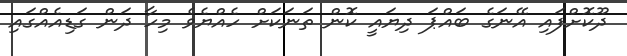
ދޫކޮށްފައި އޭނަގެ ބައްޕަ ދިޔައީ ކޮން ތަނަކަށް ހެއްޔެވެ މިހާ ދަން ގަޑިއެއްގައި